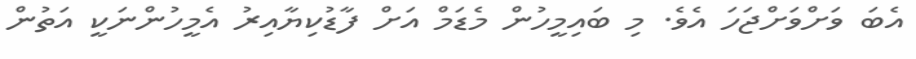
އެބަ ވަށްވަށްޖަހަ އެވެ. މި ބައިމީހުން މެޑަމް އަށް ފާޑުކިޔާއިރު އެމީހުންނަކީ އަތުން